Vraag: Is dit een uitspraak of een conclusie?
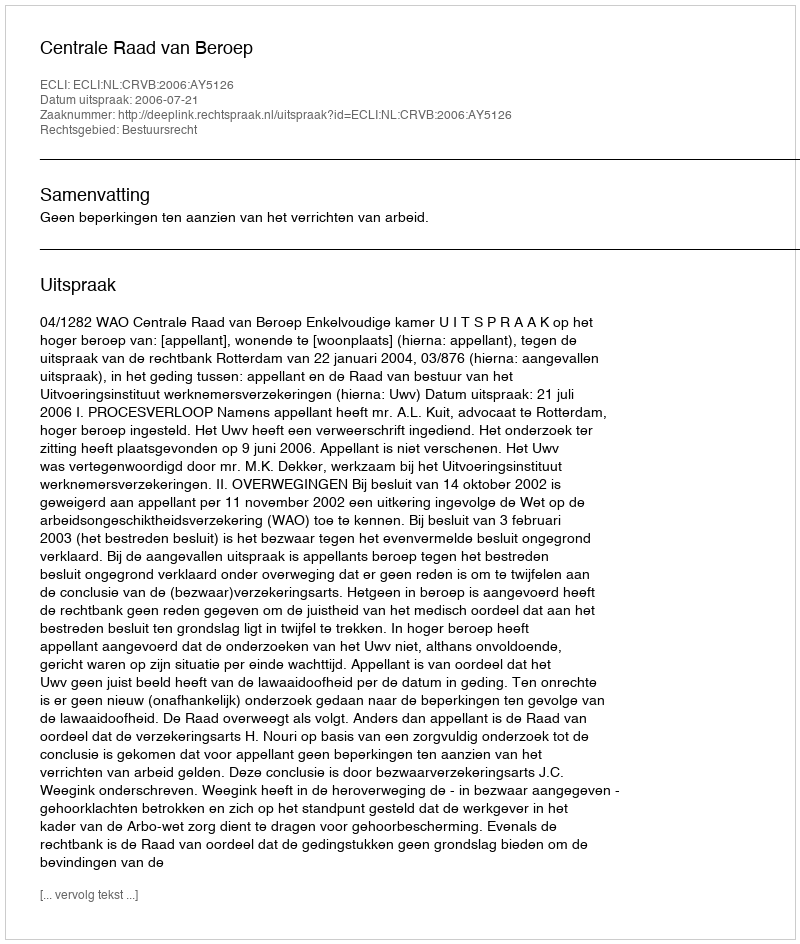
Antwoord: Uitspraak